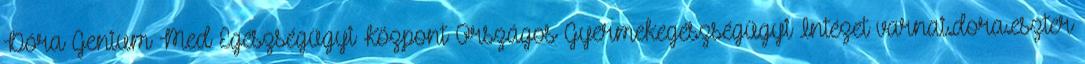
Dóra Genium Med Egészségügyi Központ Országos Gyermekegészségügyi Intézet varnai.dora.eszter